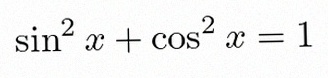
\sin^2x+\cos^2x=1